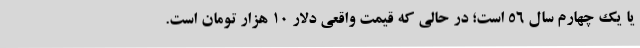
یا یک چهارم سال ۵۶ است؛ در حالی که قیمت واقعی دلار ۱۰ هزار تومان است.